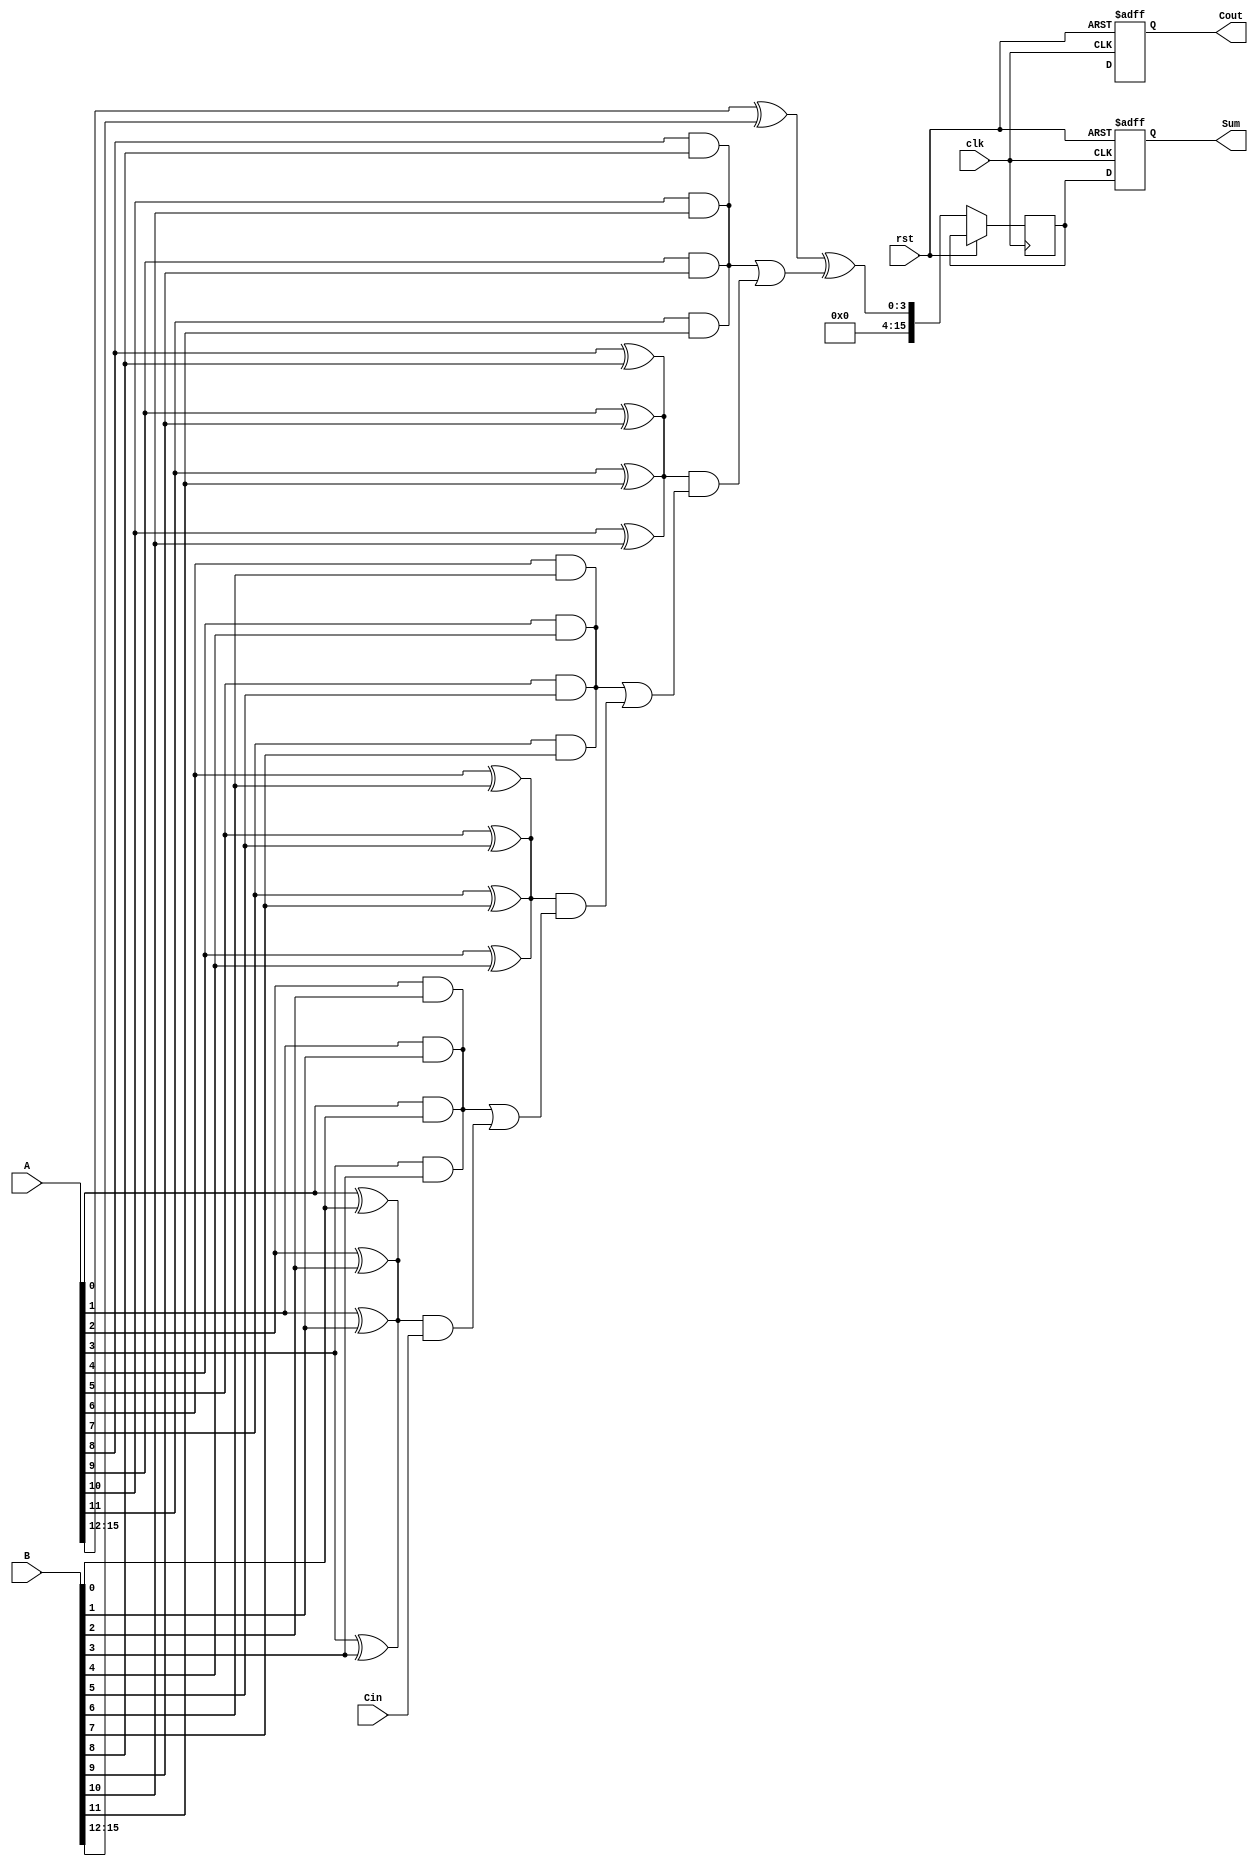
module PipelinedCLA #(parameter WIDTH = 16, GROUP_SIZE = 4)(
    input wire clk,
    input wire rst,
    input wire [WIDTH-1:0] A,
    input wire [WIDTH-1:0] B,
    input wire Cin,
    output reg [WIDTH-1:0] Sum,
    output reg Cout
);

    // Internal signals
    wire [WIDTH/GROUP_SIZE-1:0] P, G;
    wire [WIDTH/GROUP_SIZE:0] C; // carries, one extra for final Cout
    reg [WIDTH-1:0] Sum_stage [0:WIDTH/GROUP_SIZE-1];
    reg [WIDTH/GROUP_SIZE-1:0] P_stage [0:WIDTH/GROUP_SIZE-1];
    reg [WIDTH/GROUP_SIZE-1:0] G_stage [0:WIDTH/GROUP_SIZE-1];

    // Generate P and G
    genvar i;
    generate
        for (i = 0; i < WIDTH; i = i + 1) begin : gen_pg
            assign P[i/GROUP_SIZE] = A[i] ^ B[i];
            assign G[i/GROUP_SIZE] = A[i] & B[i];
        end
    endgenerate

    // Carry Lookahead Logic
    assign C[0] = Cin; 
    generate
        for (i = 0; i < (WIDTH/GROUP_SIZE)-1; i = i + 1) begin : carry_logic
            assign C[i+1] = G[i] | (P[i] & C[i]);
        end
    endgenerate

    // Pipelined stages to compute sum
    integer j;
    always @(posedge clk or posedge rst) begin
        if (rst) begin
            Sum <= 0;
            Cout <= 0;
        end else begin
            // Stage 1: Compute partial sum using carry
            for (j = 0; j < WIDTH/GROUP_SIZE; j = j + 1) begin
                Sum_stage[j] <= (A[j*GROUP_SIZE +: GROUP_SIZE] ^ B[j*GROUP_SIZE +: GROUP_SIZE]) ^ C[j];
                P_stage[j] <= P[j];
                G_stage[j] <= G[j];
            end

            // Stage 2: Combine results to produce final sum and carry out
            Sum <= {Sum_stage[0], Sum_stage[1], Sum_stage[2], Sum_stage[3]};
            Cout <= C[WIDTH/GROUP_SIZE];
        end
    end
endmodule